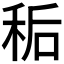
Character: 𫀱